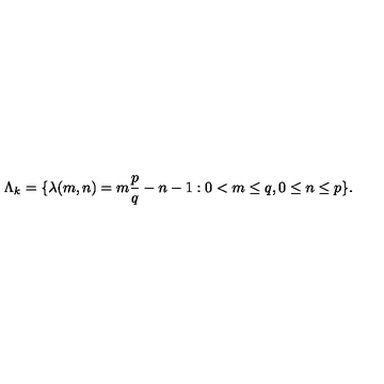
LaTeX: \Lambda _ { k } = \{ \lambda ( m , n ) = m \frac { p } { q } - n - 1 : 0 < m \leq q , 0 \leq n \leq p \} .